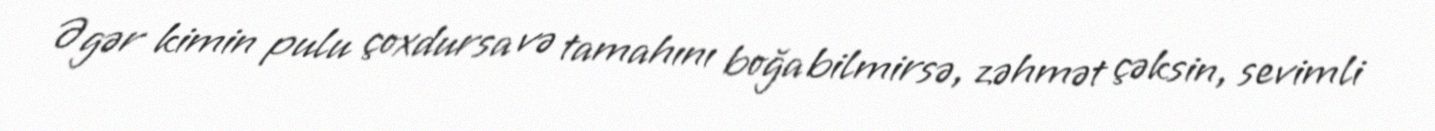
Əgər kimin pulu çoxdursa və tamahını boğa bilmirsə, zəhmət çəksin, sevimli